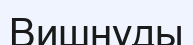
Вишнуды